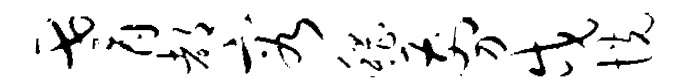
耆都容稽剪戍恍